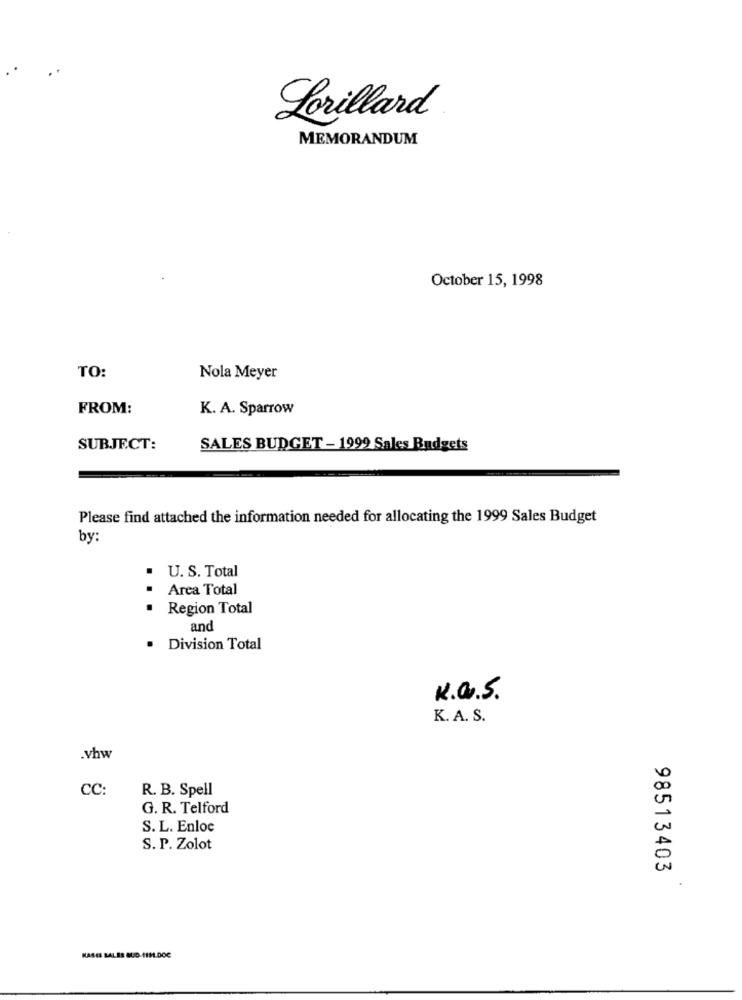
Lorillard
MEMORANDUM
October 15, 1998
TO:
Nola Meyer
FROM:
K. A. Sparrow
SUBJECT:
SALES BUDGET - 1999 Sales Budgets
Please find attached the information needed for allocating the 1999 Sales Budget
by:
U. S. Total
Area Total
Region Total
...
and
· Division Total
K.a.S.
K. A. S.
.vhw
CC:
R. B. Spell
G. R. Telford
S. L. Enloc
S. P. Zolot
98513403
KASIS BALES BUD #191.000